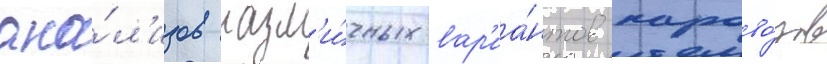
ана́л'изов разл'и́чных вар'иа́нтов парово́зов